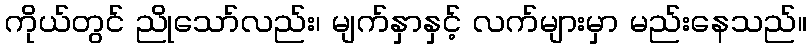
ကိုယ်တွင် ညိုသော်လည်း၊ မျက်နှာနှင့် လက်များမှာ မည်းနေသည်။